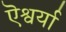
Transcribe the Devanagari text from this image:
ऎश्वर्या